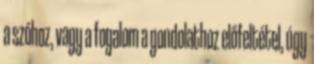
a szóhoz, vagy a fogalom a gondolathoz előfeltétel, úgy